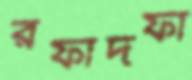
রফাদফা